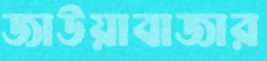
জাউয়াবাজার